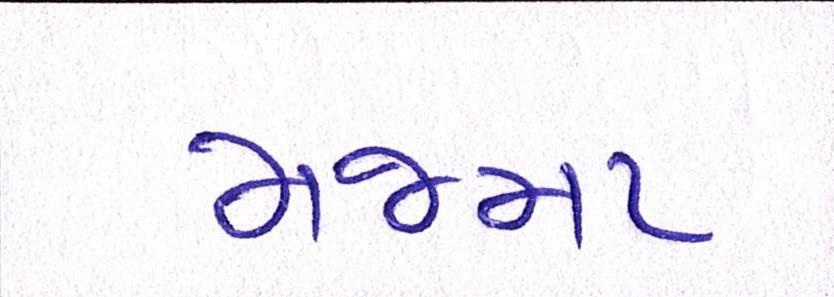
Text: મજમા